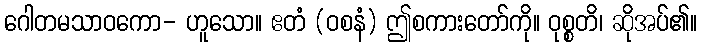
ဂေါတမသာဝကော- ဟူသော။ ဧတံ (ဝစနံ) ဤစကားတော်ကို။ ဝုစ္စတိ၊ ဆိုအပ်၏။